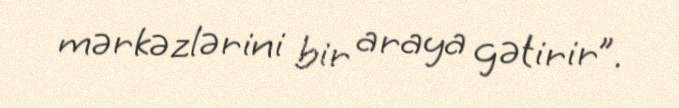
mərkəzlərini bir araya gətirir”.